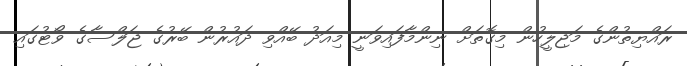
ރައްޔިތުންގެ މަޖިލީހުން މިގޮތަށް ނިންމާފައިވަނީ މިއަދު ބޭއްވި ދައުރުން ބޭރުގެ ޖަލްސާގެ ވޯޓުގައި